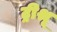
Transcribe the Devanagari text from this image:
ट्रीश्रू